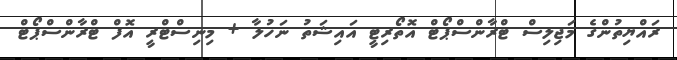
ރައްޔިތުންގެ މަޖިލިސް ޓްރާންސްޕޯޓް އޮތޯރިޓީ އައިޝަތު ނަހުލާ + މިނިސްޓްރީ އޮފް ޓްރާންސްޕޯޓް